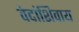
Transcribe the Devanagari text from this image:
वेदांशिवाय